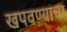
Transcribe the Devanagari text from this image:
खपवण्याचा